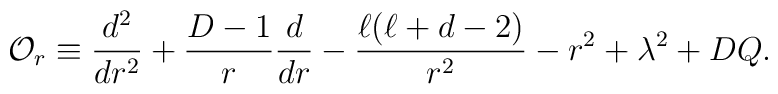
{\cal O}_r\equiv\frac{d^2}{dr^2} + \frac{D-1}{r}\frac{d}{dr} -      \frac{\ell(\ell+d-2)}{r^2} - r^2 + \lambda^2 + DQ.